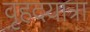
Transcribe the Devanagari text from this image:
वृहदयात्रा